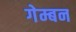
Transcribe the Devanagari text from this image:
गेम्बन